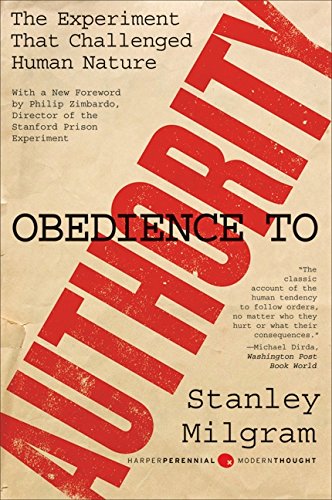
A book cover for Obedience to Authority: An Experimental View (Perennial Classics); Stanley Milgram; Medical Books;